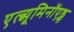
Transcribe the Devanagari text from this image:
एल्ब्यूमिनॉएड्स